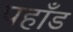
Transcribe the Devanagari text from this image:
पहाँड